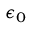
{ \epsilon _ { 0 } }